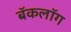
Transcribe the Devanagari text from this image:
बॅकलॉग